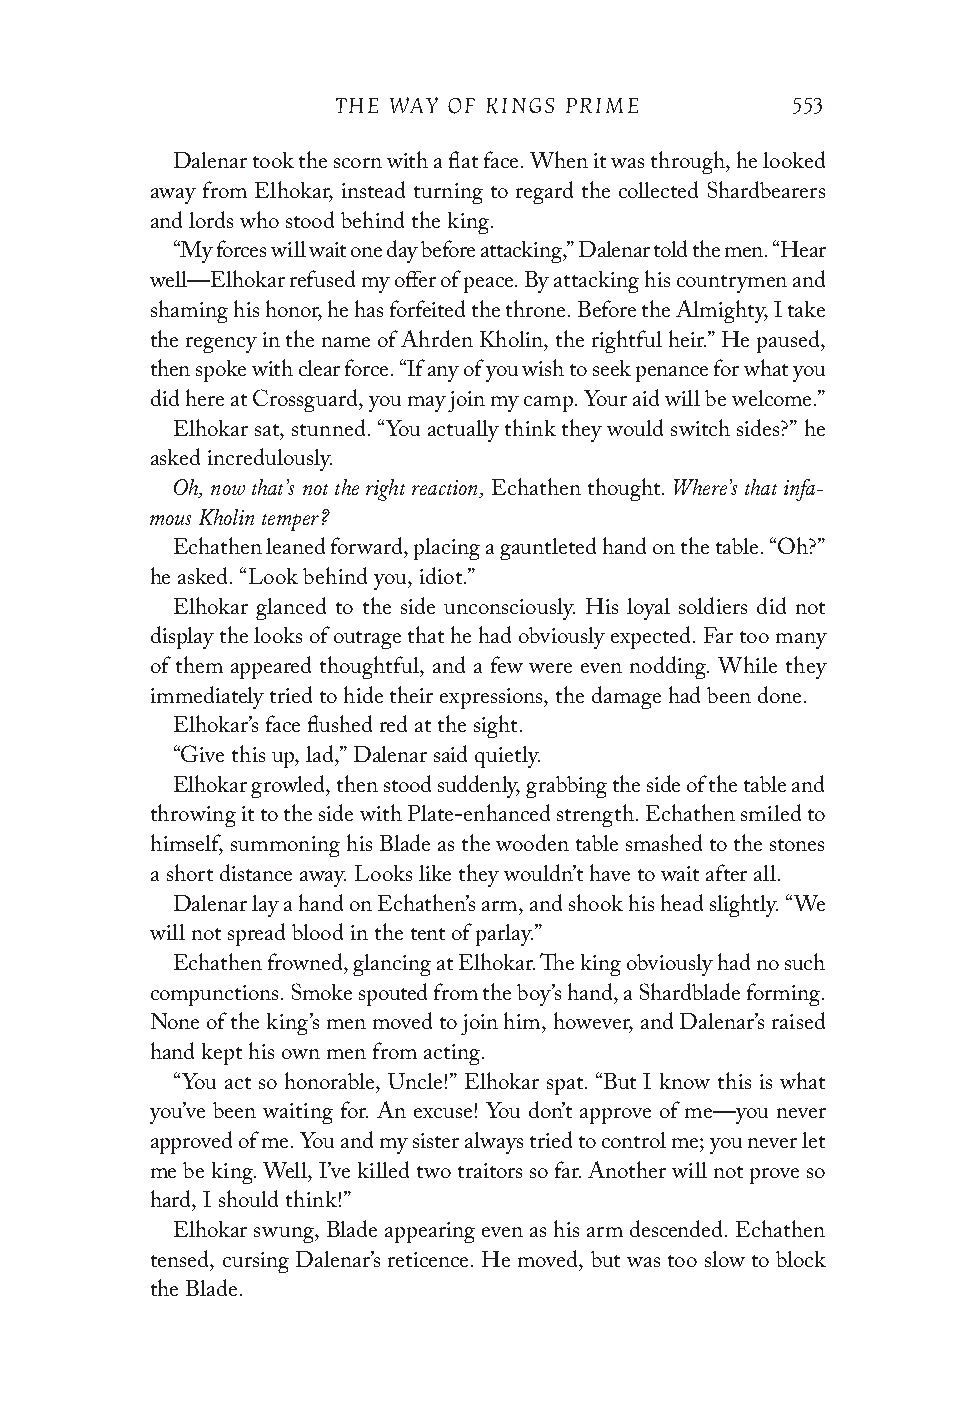
THE WAY OF KINGS PRIME        553
 Dalenar took the scorn with a flat face. When it was through, he looked
 away from Elhokar, instead turning to regard the collected Shardbearers
 and lords who stood behind the king.
 “My forces will wait one day before attacking,” Dalenar told the men. “Hear
 well—Elhokar refused my offer of peace. By attacking his country men and
 shaming his honor, he has forfeited the throne. Before the Almighty, I take
 the regency in the name of Ahrden Kholin, the rightful heir.” He paused,
 then spoke with clear force. “If any of you wish to seek penance for what you
 did here at Crossguard, you may join my camp. Your aid will be welcome.”
 Elhokar sat, stunned. “You actually think they would switch sides?” he
 asked incredulously.
 Oh, now that’s not the right reaction, Where’s that infa-
 Echathen thought.
 mous Kholin temper?
 Echathen leaned forward, placing a gauntleted hand on the table. “Oh?”
 he asked. “Look behind you, idiot.”
 Elhokar glanced to the side unconsciously. His loyal soldiers did not
 display the looks of outrage that he had obviously expected. Far too many
 of them appeared thoughtful, and a few were even nodding. While they
 immediately tried to hide their expressions, the damage had been done.
 Elhokar’s face flushed red at the sight.
 “Give this up, lad,” Dalenar said quietly.
 Elhokar growled, then stood suddenly, grabbing the side of the table and
 throwing it to the side with Plate-enhanced strength. Echathen smiled to
 himself, summoning his Blade as the wooden table smashed to the stones
 a short distance away. Looks like they wouldn’t have to wait after all.
 Dalenar lay a hand on Echathen’s arm, and shook his head slightly. “We
 will not spread blood in the tent of parlay.”
 Echathen frowned, glancing at Elhokar. The king obviously had no such
 compunctions. Smoke spouted from the boy’s hand, a Shardblade forming.
 None of the king’s men moved to join him, however, and Dalenar’s raised
 hand kept his own men from acting.
 “You act so honorable, Uncle!” Elhokar spat. “But I know this is what
 you’ve been waiting for. An excuse! You don’t approve of me—you never
 approved of me. You and my sister always tried to control me; you never let
 me be king. Well, I’ve killed two traitors so far. Another will not prove so
 hard, I should think!”
 Elhokar swung, Blade appearing even as his arm descended. Echathen
 tensed, cursing Dalenar’s reticence. He moved, but was too slow to block
 the Blade.